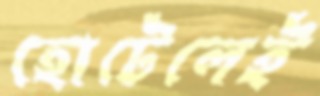
হোটেলেই